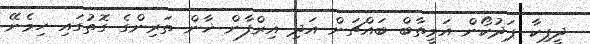
ދީޕިކާ ޕަދުކޯން އަމީތާބް ބައްޗަން އަދި އިރްފާން ޚާން ތަރިންގެ ގޮތުގައި ހިމެނޭ